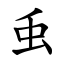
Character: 䖝